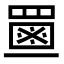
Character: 𦋶